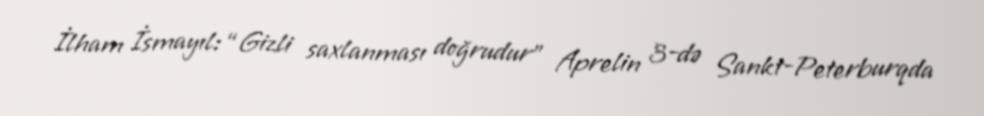
İlham İsmayıl: “Gizli saxlanması doğrudur” Aprelin 3-də Sankt-Peterburqda